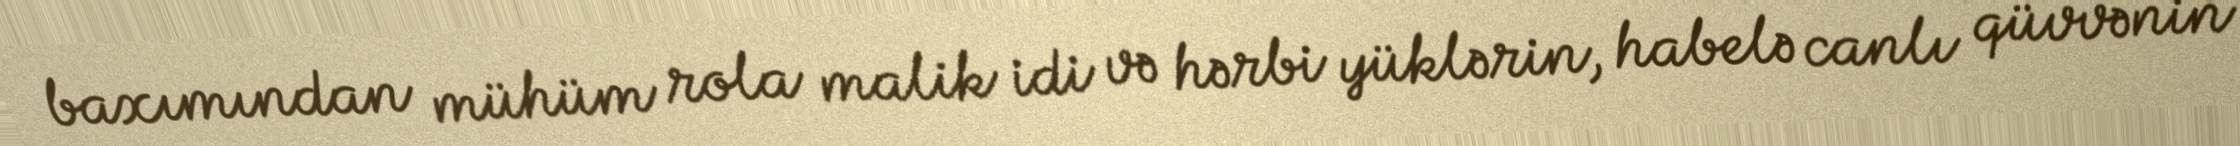
baxımından mühüm rola malik idi və hərbi yüklərin, habelə canlı qüvvənin